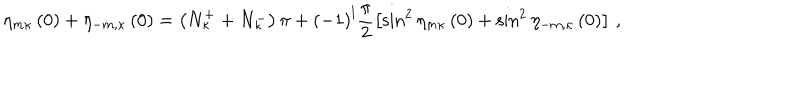
LaTeX: \eta _ { m \kappa } \left( 0 \right) + \eta _ { - m , \kappa } \left( 0 \right) = \left( N _ { \kappa } ^ { + } + N _ { \kappa } ^ { - } \right) \pi + \left( - 1 \right) ^ { l } \frac { \pi } { 2 } \left[ \sin ^ { 2 } \eta _ { m \kappa } \left( 0 \right) + \sin ^ { 2 } \eta _ { - m , \kappa } \left( 0 \right) \right] \, ,